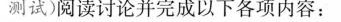
测试)阅读讨论并完成以下各项内容：